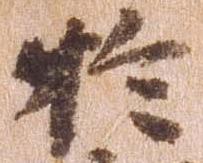
於